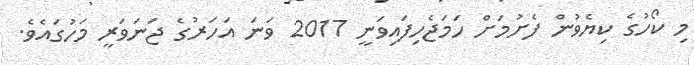
މި ކޯހުގެ ކިޔެވުން ފެށުމަށް ހަމަޖެހިފައިވަނީ 2017 ވަނަ އަހަރުގެ ޖަނަވަރީ މަހުގައެވެ.